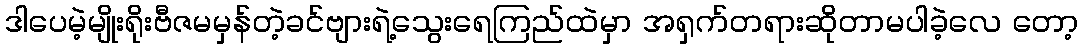
ဒါပေမဲ့မျိုးရိုးဗီဇမမှန်တဲ့ခင်ဗျားရဲ့သွေးရေကြည်ထဲမှာ အရှက်တရားဆိုတာမပါခဲ့လေ တော့